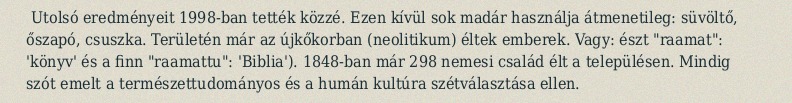
Utolsó eredményeit 1998-ban tették közzé. Ezen kívül sok madár használja átmenetileg: süvöltő, őszapó, csuszka. Területén már az újkőkorban (neolitikum) éltek emberek. Vagy: észt "raamat": 'könyv' és a finn "raamattu": 'Biblia'). 1848-ban már 298 nemesi család élt a településen. Mindig szót emelt a természettudományos és a humán kultúra szétválasztása ellen.